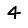
Digit: 4